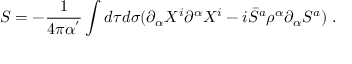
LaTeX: S = - \frac { 1 } { 4 \pi \alpha ^ { ' } } \int d \tau d \sigma ( \partial _ { \alpha } X ^ { i } \partial ^ { \alpha } X ^ { i } - i \bar { S } ^ { a } \rho ^ { \alpha } \partial _ { \alpha } S ^ { a } ) \; .